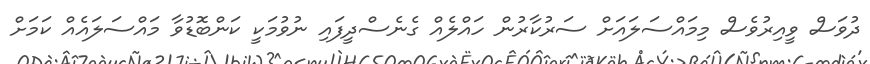
ދުވަސް ވީއިރުވެސް މިމައްސަލައަށް ސަރުކާރުން ހައްލެއް ގެނެސްދީފައި ނުވުމަކީ ކަންބޮޑުވާ މައްސަލައެއް ކަމަށް